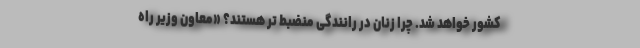
کشور خواهد شد. چرا زنان در رانندگی منضبط ‌تر هستند؟ «معاون وزیر راه